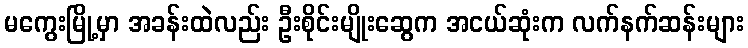
မကွေးမြို့မှာ အခန်းထဲလည်း ဦးစိုင်းမျိုးဆွေက အငယ်ဆုံးက လက်နက်ဆန်းများ